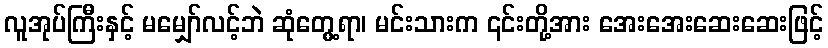
လူအုပ်ကြီးနှင့် မမျှော်လင့်ဘဲ ဆုံတွေ့ရာ၊ မင်းသားက ၎င်းတို့အား အေးအေးဆေးဆေးဖြင့်